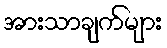
အားသာချက်များ